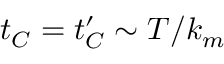
t _ { C } = t _ { C } ^ { \prime } \sim T / k _ { m }